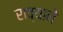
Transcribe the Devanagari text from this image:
राव्याने